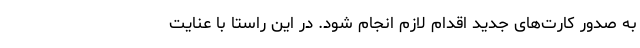
به صدور کارت‌های جدید اقدام لازم انجام شود. در این راستا با عنایت